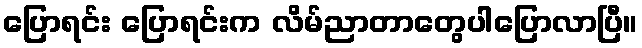
ပြောရင်း ပြောရင်းက လိမ်ညာတာတွေပါပြောလာပြီ။